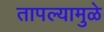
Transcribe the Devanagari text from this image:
तापल्यामुळे